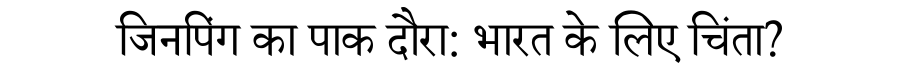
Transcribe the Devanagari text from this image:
जिनपिंग का पाक दौरा: भारत के लिए चिंता?